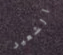
الشعير